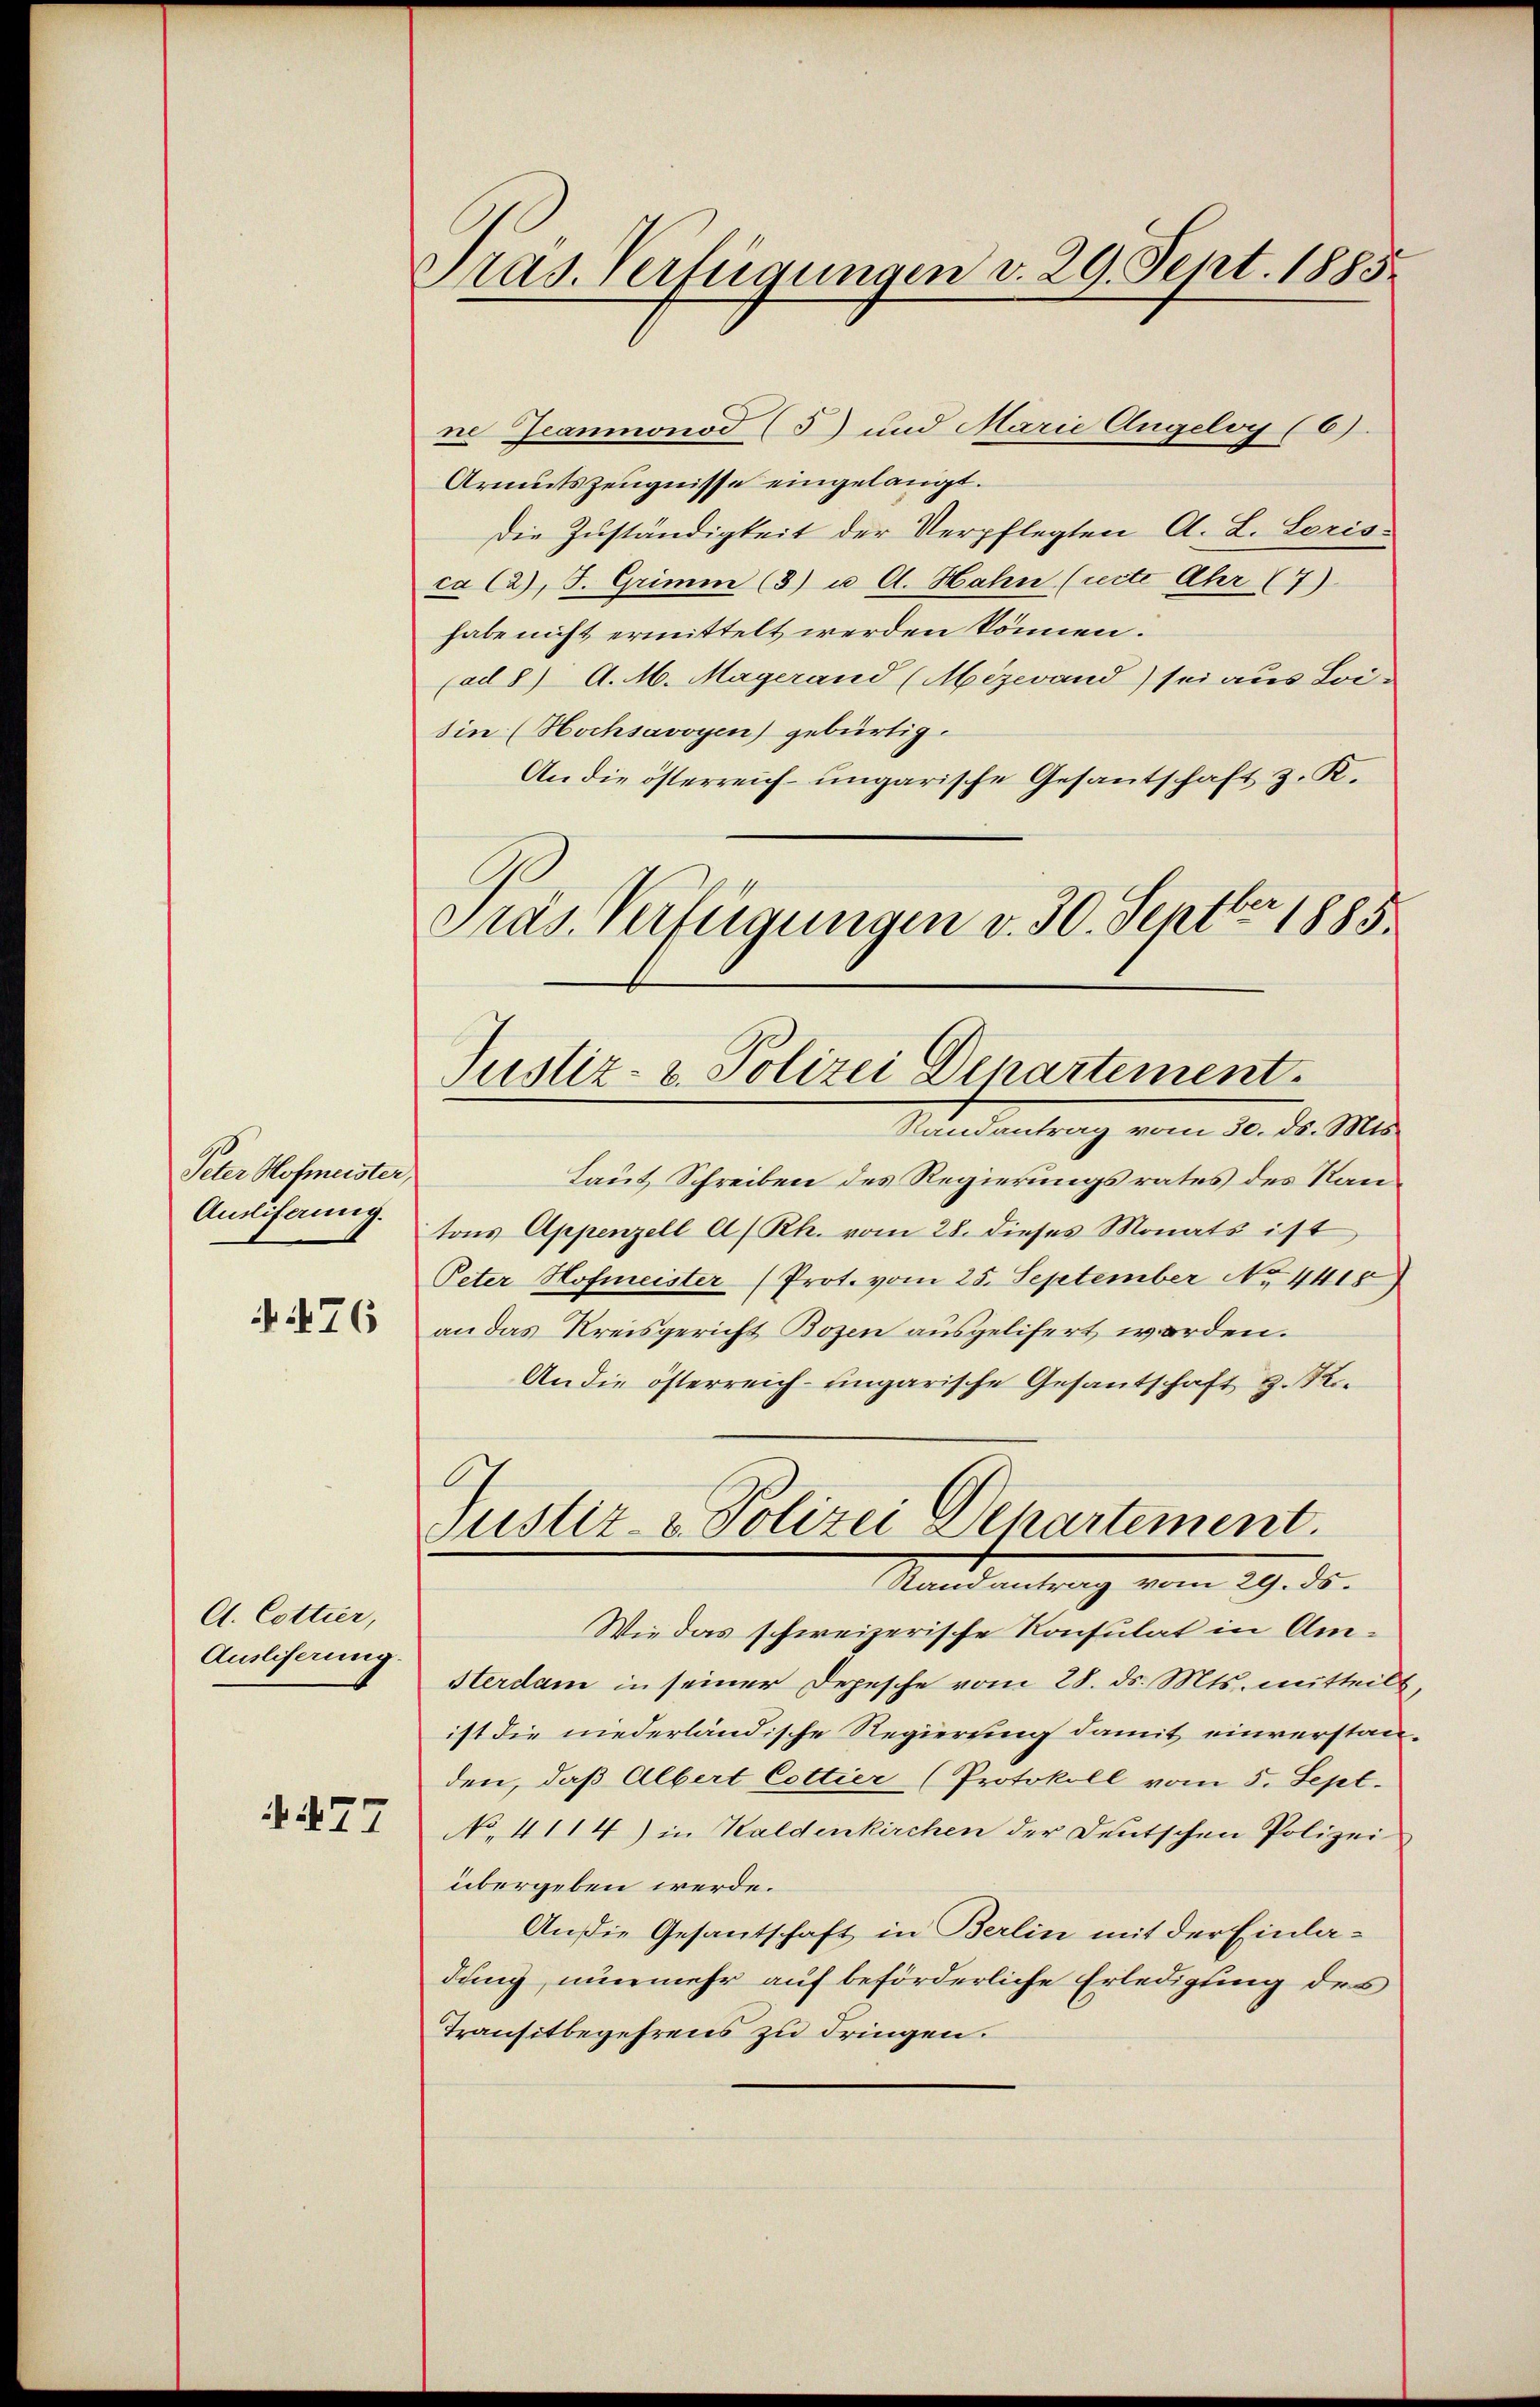
Peter Hofmeister,
Ausliferung.
 476

A. Cottier,
Auslieferung.

A477

Pras. Verfügungen v. 29. Sept. 1885.

ne Geanmnonod (5) und Marie Angeloy (6).
Armutszeugnisse eingelangt.
Die Zuständigkeit der Verpflegten A. L. Loris-
ca (a), F. Grimm (3) u. A. Hahn (reite Ahr (7)
habe nicht ermittelt werden können.
(ad 8) A. M. Magerand (Mezeand) sei aus Loi-
sin (Hochsavoyen) gebürtig.
An die österreich-ungarische Gesandtschaft z. K.
Laut Schreiben des Regierungsrates des Kantons Appenzell A/Rh. vom 28. dieses Monats ist
Peter Hofmeister (Prot. vom 25. September No. 4418)
an das Kreisgericht Bozen ausgelifert worden.
An die österreich-ungarische Gesantschaft z. Ri
.
Justiz- & Polizei Departement.
Randantrag vom 29. ds.
Wie das schweizerische Konsulat in Am¬
Sterdam in seiner Depesche vom 28. ds. Mts. mitteilt
ist die niederländische Regierung damit einverstanden, daß Albert Cottier (Protokoll vom 5. Sept.
No. 4114) in Kaldenkirchen der Deutschen Polizei
übergeben werde.
An die Gesantschaft in Berlin mit der Einla-
dung, nunmehr auf beförderliche Erledigung des
Transitbegehrens zu dringen.

Präs. Verfügungen v. 30. Septbr 1885.
Justiz- & Polizei Departement.
Randantrag vom 30. ds. Mts.